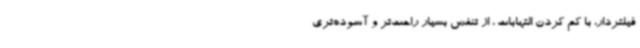
فیلتردار، با کم کردن التهابات ، از تنفس بسیار راحت‌تر و آسوده‌تری